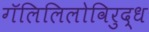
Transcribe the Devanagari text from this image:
गॅलिलिलोविरुद्ध